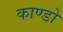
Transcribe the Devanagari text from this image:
काण्डो